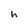
Character: h